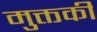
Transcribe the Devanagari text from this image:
मुक्तकी